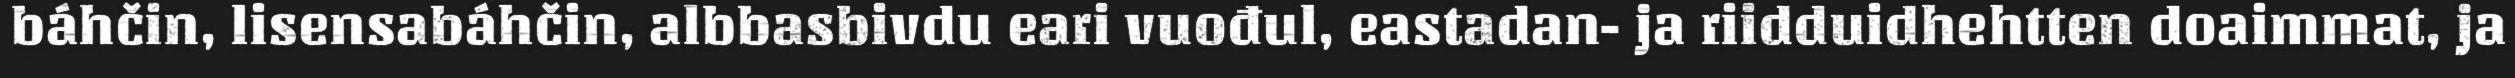
báhčin, lisensabáhčin, albbasbivdu eari vuođul, eastadan- ja riidduidhehtten doaimmat, ja